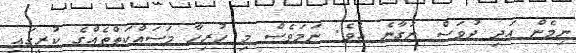
ނިމެން އަދި ދުވަސް ނަގާނެ އެވެ. ނަމަވެސް މި ހުރިހާ މަސައްކަތްތެއްގެ ކުރީގައި